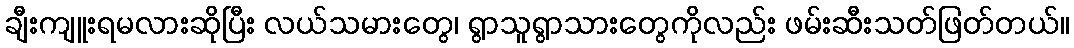
ချီးကျူးရမလားဆိုပြီး လယ်သမားတွေ၊ ရွာသူရွာသားတွေကိုလည်း ဖမ်းဆီးသတ်ဖြတ်တယ်။